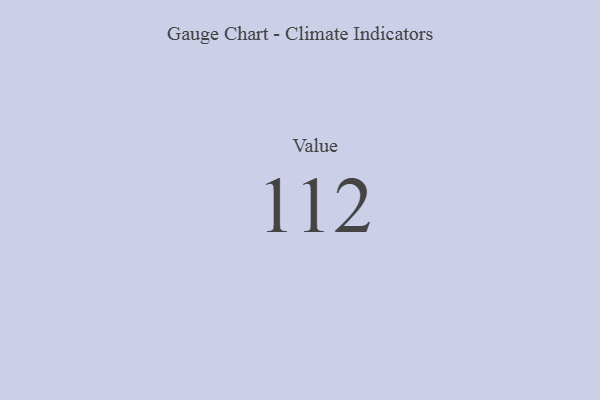
{"axis": {"x": "Metric", "y": "Value"}, "legend": [""], "data": [{"x": "Value", "y": 112, "type": ""}]}